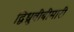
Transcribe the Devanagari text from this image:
द्विध्रुवीबीमारी